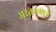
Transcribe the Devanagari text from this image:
अरतख्शत्रे